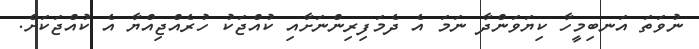
ނުވަތަ އަނބިމީހާ ކިޔަވަންދާ ނަމަ އެ ދެމަފިރިންނަށާއި ކުއްޖަކު ހުރެއްޖިއްޔާ އެ ކުއްޖަކަށް.